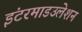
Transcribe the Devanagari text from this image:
इंटरमाडउलेशन